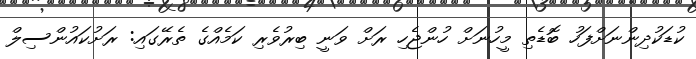
ކުޑަކުދިންނަށްފަހު ބޮޑެތި މީހުނަށް ހުންޖެހި ރަށް ވަނީ ބިރުވެރި ކަމެއްގެ ތެރޭގައި: ރަށުކައުންސިލް